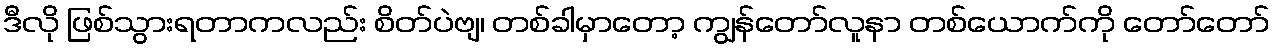
ဒီလို ဖြစ်သွားရတာကလည်း စိတ်ပဲဗျ၊ တစ်ခါမှာတော့ ကျွန်တော်လူနာ တစ်ယောက်ကို တော်တော်